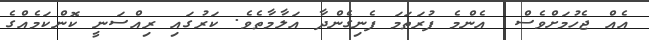
އެއް ޖެހުމަށްވެސް  އެންމެ ފުރަތަމަ ފެނިގެންދާ އަލާމާތެވެ. ކަރުގައި ރިއްސަނީ ކޮންކަމެއްްގެ